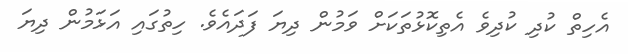
އެހިތް ކުދި ކުދިވެ އެތިކޮޅުތަކަށް ވަމުން ދިޔަ ފަދައެވެ. ހިތުގައި އަޅަމުން ދިޔަ